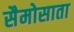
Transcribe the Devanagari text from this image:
सैमोसाता